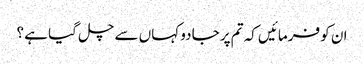
ان کو فرمائیں کہ تم پر جادو کہاں سے چل گیا ہے ؟